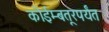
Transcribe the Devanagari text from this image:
कोईम्बतूरपर्यंत